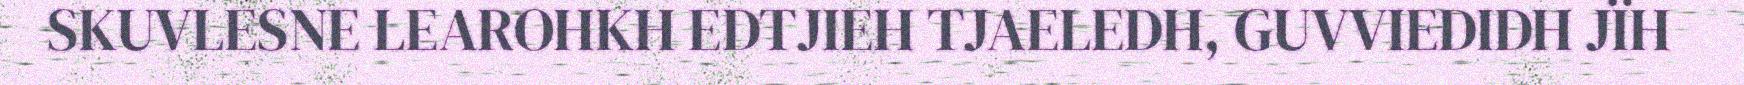
SKUVLESNE LEAROHKH EDTJIEH TJAELEDH, GUVVIEDIDH JÏH